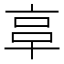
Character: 𠅖